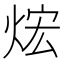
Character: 𤈻